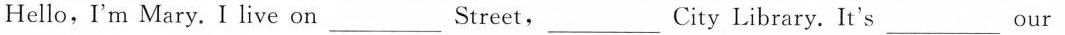
Hello, I'm Mary. I live on___ Street,___ City Library. It's___ our